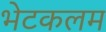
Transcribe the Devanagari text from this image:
भेटकलम